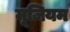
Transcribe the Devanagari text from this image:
मूजियम